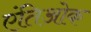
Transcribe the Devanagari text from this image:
एंतिओक